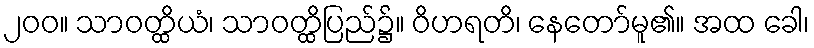
၂၀၀။ သာဝတ္ထိယံ၊ သာဝတ္ထိပြည်၌။ ဝိဟရတိ၊ နေတော်မူ၏။ အထ ခေါ၊